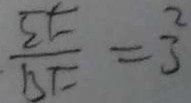
\frac { 5 t } { B F } = \frac { 2 } { 3 }